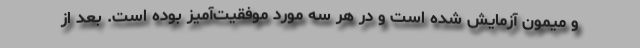
و میمون آزمایش شده است و در هر سه مورد موفقیت‌آمیز بوده است. بعد از